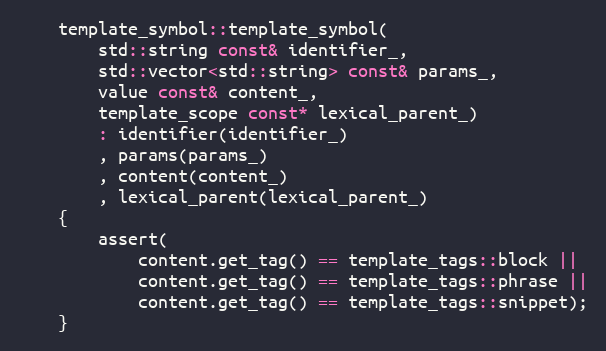
Language: C++
    template_symbol::template_symbol(
        std::string const& identifier_,
        std::vector<std::string> const& params_,
        value const& content_,
        template_scope const* lexical_parent_)
        : identifier(identifier_)
        , params(params_)
        , content(content_)
        , lexical_parent(lexical_parent_)
    {
        assert(
            content.get_tag() == template_tags::block ||
            content.get_tag() == template_tags::phrase ||
            content.get_tag() == template_tags::snippet);
    }